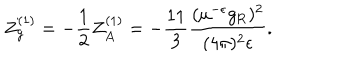
Z _ { g } ^ { ( 1 ) } = - \frac 1 2 Z _ { A } ^ { ( 1 ) } = - \frac { 1 1 } 3 \frac { ( \mu ^ { - \epsilon } g _ { \mathrm { R } } ) ^ { 2 } } { ( 4 \pi ) ^ { 2 } \epsilon } .